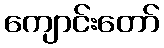
ကျောင်းတော်